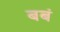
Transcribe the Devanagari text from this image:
बबं